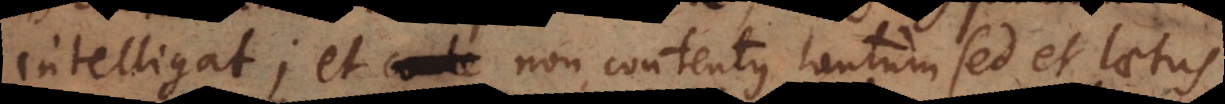
intelligat; et non contentus tantum, sed et laetus